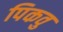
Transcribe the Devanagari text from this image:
पिकवु